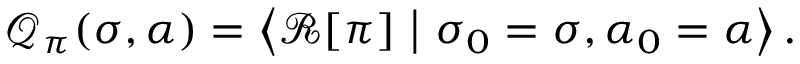
\mathcal { Q } _ { \pi } ( \sigma , \alpha ) = \left\langle \mathcal { R } [ \pi ] \ \middle \vert \ \sigma _ { 0 } = \sigma , \alpha _ { 0 } = \alpha \right\rangle .